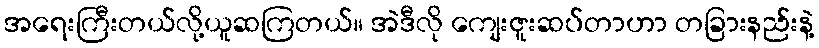
အရေးကြီးတယ်လို့ယူဆကြတယ်။ အဲဒီလို ကျေးဇူးဆပ်တာဟာ တခြားနည်းနဲ့